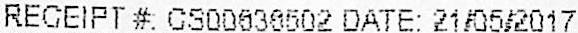
RECEIPT #: CS00636502 DATE: 21/05/2017